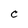
Character: C